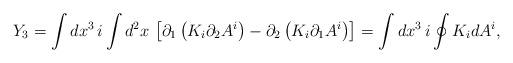
LaTeX: \begin{align*}Y_3 =\int d x^3 \,i \int d^2 x \,\left[\partial_1\left(K_{i} \partial_2 A^i\right)-\partial_2\left(K_{i} \partial_1 A^i\right)\right] =\int d x^3 \,i \oint K_{i} d A^i, \end{align*}